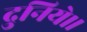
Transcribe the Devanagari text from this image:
दुनिये।।